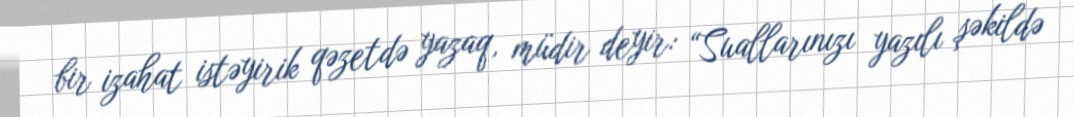
bir izahat istəyirik qəzetdə yazaq, müdir deyir: “Suallarınızı yazılı şəkildə